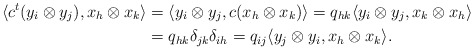
\begin{align*} \langle c^t(y_i\otimes y_j), x_h\otimes x_k\rangle &= \langle y_i\otimes y_j, c(x_h\otimes x_k)\rangle = q_{hk} \langle y_i\otimes y_j, x_k\otimes x_h\rangle \\ &= q_{hk} \delta_{jk}\delta_{ih} = q_{ij} \langle y_j\otimes y_i, x_h\otimes x_k\rangle.\end{align*}